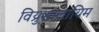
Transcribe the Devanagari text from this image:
विय्रुशालायिम